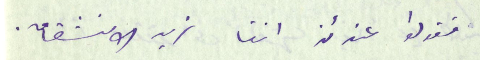
فقولوا عندئذ اننا نريد الانشقاق.